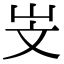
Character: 㞵